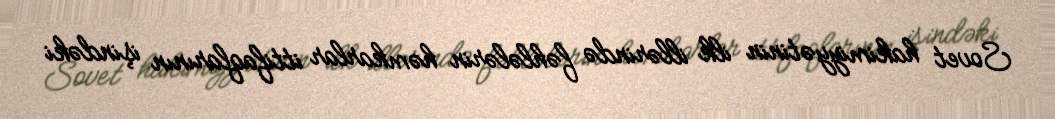
Sovet hakimiyyətinin ilk illərində fəhlələrin həmkarlar ittifaqlarının işindəki